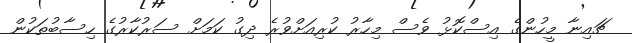
ޗައިނާ މީހުންގެ އިސްކޮޅު ވެސް މިހާރު ކުރިއަށްވުރެ ދިގު ކަމަށް ސަރުކާރުގެ ހިސާބުތަކުން